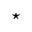
\star